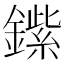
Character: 𲇡